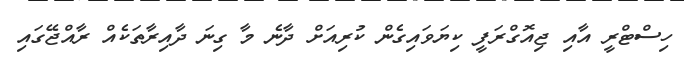
ހިސްޓްރީ އާއި ޖިއޮގްރަފީ ކިޔަވައިގެން ކުރިއަށް ދާނެ މާ ގިނަ ދާއިރާތަކެއް ރާއްޖޭގައި